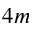
4 m